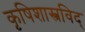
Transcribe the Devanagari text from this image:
कृषिशास्त्रविद्